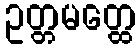
ဥတ္တမတ္ထေ